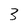
Character: 3